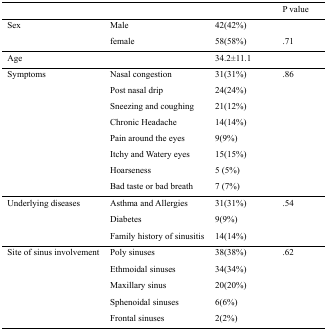
<table><thead><tr><td colspan="3"></td><td><b>P value</b></td></tr></thead><tbody><tr><td rowspan="2">Sex</td><td>Male</td><td>42(42%)</td><td></td></tr><tr><td>female</td><td>58(58%)</td><td>0.71</td></tr><tr><td>Age</td><td></td><td>34.2±11.1</td><td></td></tr><tr><td rowspan="8">Symptoms</td><td>Nasal congestion</td><td>31(31%)</td><td rowspan="8">0.86</td></tr><tr><td>Post nasal drip</td><td>24(24%)</td></tr><tr><td>Sneezing and coughing</td><td>21(12%)</td></tr><tr><td>Chronic Headache</td><td>14(14%)</td></tr><tr><td>Pain around the eyes</td><td>9(9%)</td></tr><tr><td>Itchy and Watery eyes</td><td>15(15%)</td></tr><tr><td>Hoarseness</td><td>5 (5%)</td></tr><tr><td>Bad taste or bad breath</td><td>7 (7%)</td></tr><tr><td rowspan="3">Underlying diseases</td><td>Asthma and Allergies</td><td>31(31%)</td><td rowspan="3">0.54</td></tr><tr><td>Diabetes</td><td>9(9%)</td></tr><tr><td>Family history of sinusitis</td><td>14(14%)</td></tr><tr><td rowspan="5">Site of sinus involvement</td><td>Poly sinuses</td><td>38(38%)</td><td rowspan="5">0.62</td></tr><tr><td>Ethmoidal sinuses</td><td>34(34%)</td></tr><tr><td>Maxillary sinus</td><td>20(20%)</td></tr><tr><td>Sphenoidal sinuses</td><td>6(6%)</td></tr><tr><td>Frontal sinuses</td><td>2(2%)</td></tr></tbody></table>